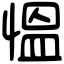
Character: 慍